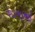
શાખાઓ